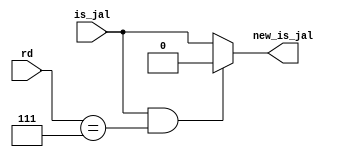
module JAL_R7_decide (is_jal,rd,new_is_jal);

input is_jal;
input [2:0] rd;
output reg new_is_jal;

always @(*)
begin

if( is_jal && (rd == 3'b111) )
new_is_jal = 0;

else
new_is_jal = is_jal;

end

endmodule